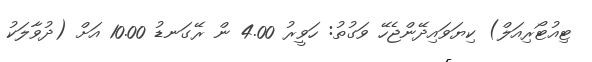
ޓިއުޓޯރިއަލް) ކިޔަވައިދޭންޖެހޭ ވަގުތު: ހަވީރު 4.00 ން ރޭގަނޑު 10.00 އަށް (ދުވާލަކު